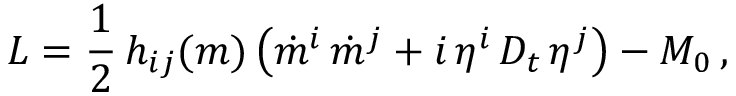
L = \frac { 1 } { 2 } \, h _ { i j } ( m ) \left( \dot { m } ^ { i } \, \dot { m } ^ { j } + i \, \eta ^ { i } \, { \cal D } _ { t } \, \eta ^ { j } \right) - M _ { 0 } \, ,